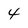
Character: 4